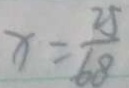
x = \frac { 2 5 } { 6 8 }